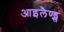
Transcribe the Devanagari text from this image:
आइलैण्ड्स